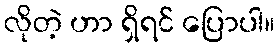
လိုတဲ့ ဟာ ရှိရင် ပြောပါ။